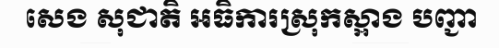
សេង សុជាតិ អធិការស្រុកស្អាង បញ្ជា